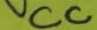
Text: VCC